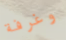
وغرفة